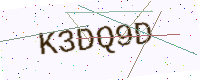
Text: K3DQ9D